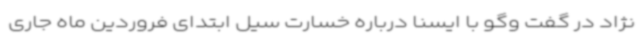
نژاد در گفت وگو با ایسنا درباره خسارت سیل ابتدای فروردین ماه جاری